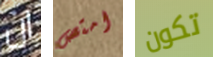
ان امتص تكون